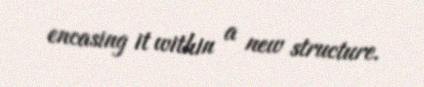
encasing it within a new structure.